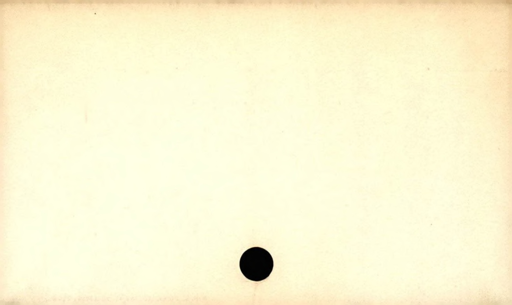
Label: blank